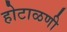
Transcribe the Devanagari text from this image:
होटाळणी